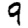
Digit: 9